Annual administration report of the Civil Veterinary Department, Ajmere-Merwara, British Rajputana - 1914-1940
Year: 1914
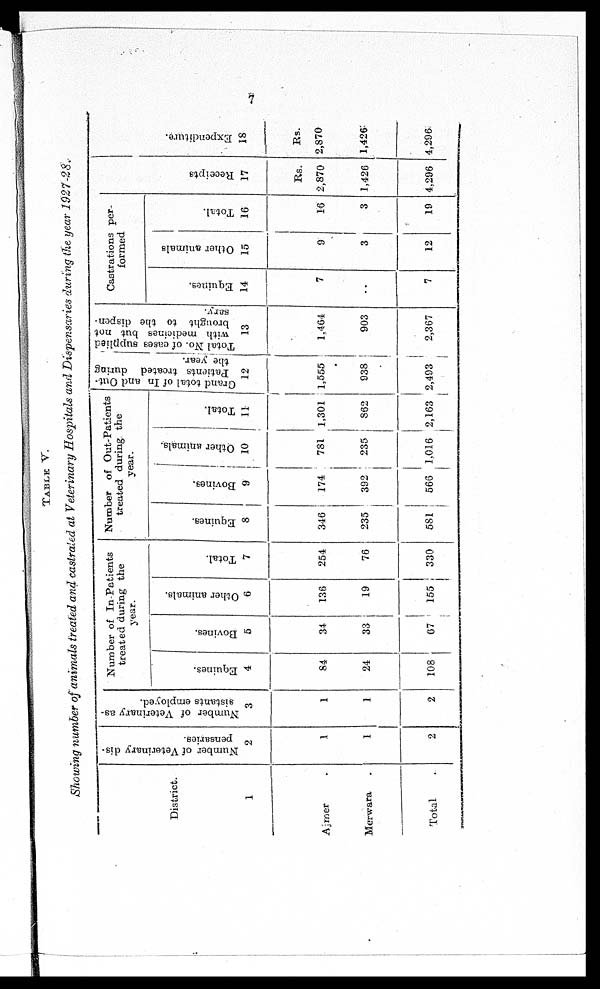
7
TABLE V.
Showing number of animals treated and castrated at Veterinary Hospitals and Dispensaries during the year 1927-28.
District.
1
Ajmer .
Merwara .
Total .
Number of Veterinary dis-
pensaries.
2
1
1
2
Number of Veterinary as-
sistants employed.
3
1
1
2
Number of In-Patients
treated during the
year.
Equines.
4
84
24
108
Bovines.
5
34
33
67
Other animals.
6
136
19
155
Total.
7
254
76
330
Number of Out-Patients
treated during the
year.
Equines.
8
346
235
581
Bovines.
9
174
392
566
Other animals.
10
781
235
1,016
Total.
11
1,301
862
2,163
Grand total of In and Out-
Patients treated during
the year.
12
1,555
938
2,493
Total No. of cases supplied
with medicines but not
brought to the dispen-
ser v.
13
1,464
903
2,367
Castrations per-
formed
Equines.
14
7
..
7
Other animals
15
9
3
12
Total.
16
16
3
19
Recei pt s
17
Rs.
2,870
1,426
4,296
Expendi t
ur e.
18
Rs.
2,870
1,426
4,296